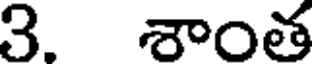
3. శాంత